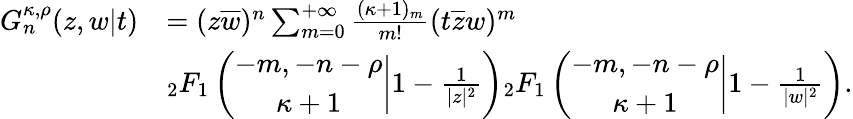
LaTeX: \begin{array}{rl}{G_{n}^{\kappa,\rho}(z,w|t)}&{=(z\overline{{w}})^{n}\sum_{m=0}^{+\infty}\frac{(\kappa+1)_{m}}{m!}(t\overline{{z}}w)^{m}}\\ &{{_2F_{1}}\left(\begin{array}{c}{-m,-n-\rho}\\ {\kappa+1}\end{array}\bigg|1-\frac{1}{|z|^{2}}\right){_2F_{1}}\left(\begin{array}{c}{-m,-n-\rho}\\ {\kappa+1}\end{array}\bigg|1-\frac{1}{|w|^{2}}\right).}\end{array}